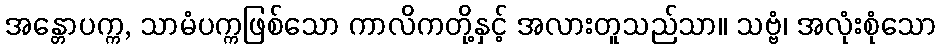
အန္တောပက္က, သာမံပက္ကဖြစ်သော ကာလိကတို့နှင့် အလားတူသည်သာ။ သဗ္ဗံ၊ အလုံးစုံသော